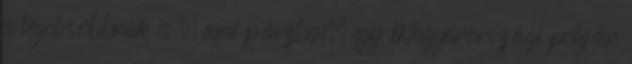
a legolcsóbbnak is , ami pénzben, egy Magyarországi polgár